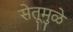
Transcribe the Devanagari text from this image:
सेतूमुळे